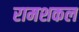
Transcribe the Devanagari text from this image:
रामशकल